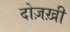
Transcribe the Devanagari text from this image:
दोज़ख़ी